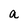
Character: a